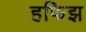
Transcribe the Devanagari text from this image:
हफिझ